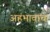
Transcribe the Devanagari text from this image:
अहंभावाचा